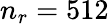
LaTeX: n_{r}=512